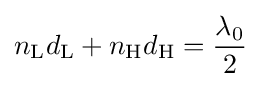
n_{\rm {L}}d_{\rm {L}}+n_{\rm {H}}d_{\rm {H}}={\frac {\lambda _{0}}{2}}